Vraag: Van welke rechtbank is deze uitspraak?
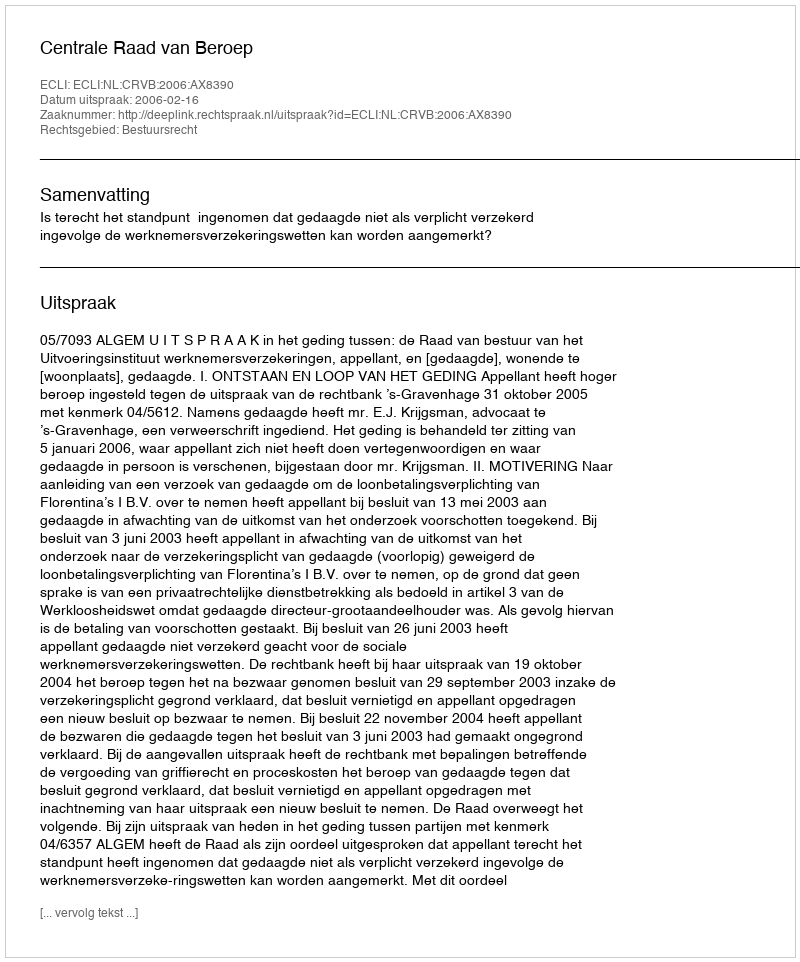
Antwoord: Centrale Raad van Beroep